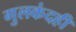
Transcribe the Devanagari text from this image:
गुलकंदही